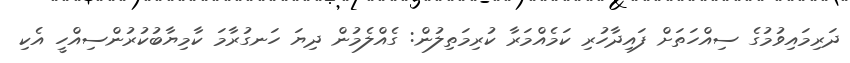
ދަރިމައިވުމުގެ ސިއްހަތަށް ފައިދާހުރި ކަމެއްމަރާ ކުރިމަތިލުން: ގެއްލެމުން ދިޔަ ހަނގުރާމަ ކާމިޔާބުކުރުންސިއްހީ އެކި